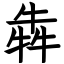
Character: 犇